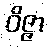
ဝိဇ္ဇာ